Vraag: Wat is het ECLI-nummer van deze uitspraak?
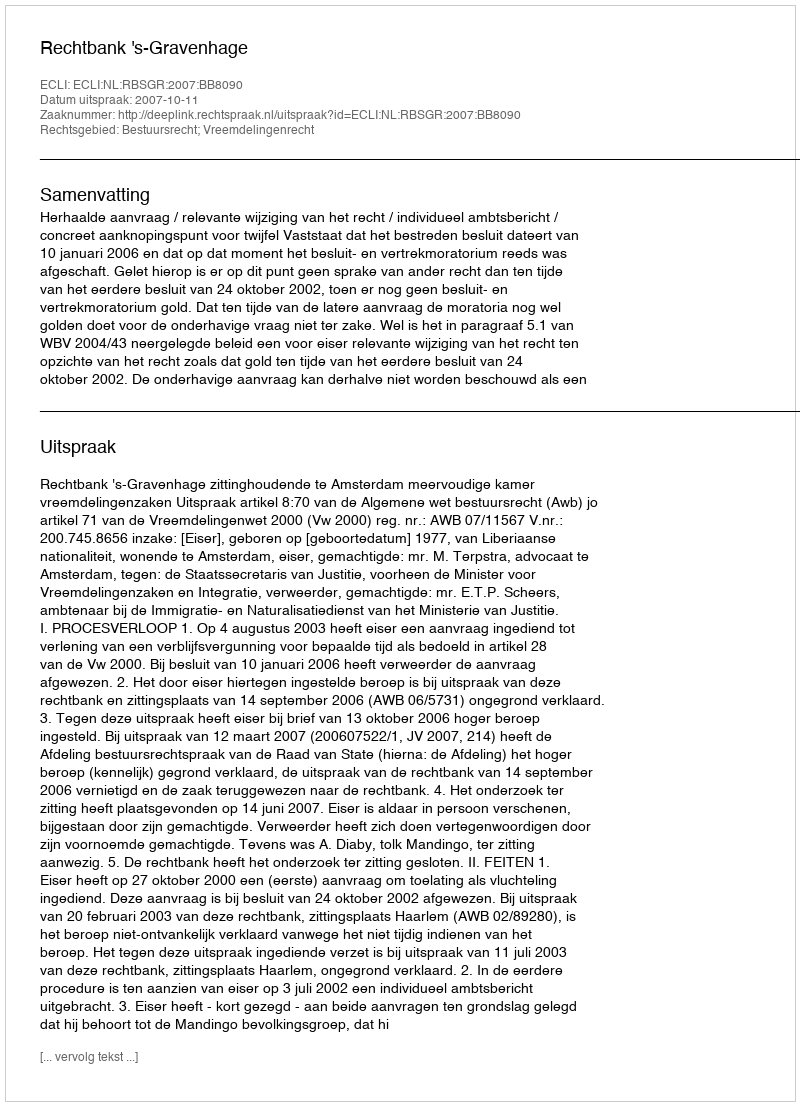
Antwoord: ECLI:NL:RBSGR:2007:BB8090